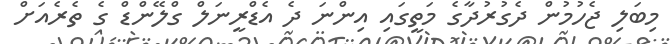
މިބަލި ޖެހުމުން ދެގުރުދާގެ މަތީގައި އިންނަ ދެ އެޑްރީނަލް ގްލޭންޑް ގެ ތެރެއަށް